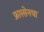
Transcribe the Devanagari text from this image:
फ्रास्सेनचा